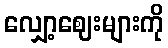
လျှော့ဈေးများကို